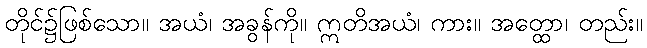
တိုင်၌ဖြစ်သော။ အယံ၊ အခွန်ကို။ ဣတိအယံ၊ ကား။ အတ္ထော၊ တည်း။